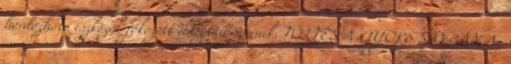
hordozható eszközök fokozott energiaigényének. TÖLTÉS A GYORS SÁVBAN Az